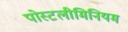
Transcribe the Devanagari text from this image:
पोस्टलीमिनियम